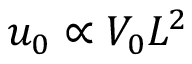
u _ { 0 } \propto V _ { 0 } L ^ { 2 }